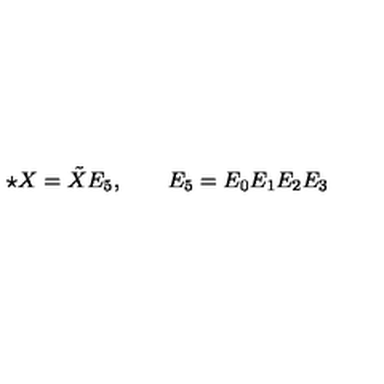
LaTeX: \star X = \tilde { X } E _ { 5 } , \qquad E _ { 5 } = E _ { 0 } E _ { 1 } E _ { 2 } E _ { 3 }